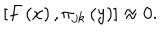
LaTeX: \left[ F \left( x \right) , \pi _ { j k } \left( y \right) \right] \approx 0 .